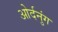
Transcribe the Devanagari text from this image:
ओर्दनुंग